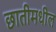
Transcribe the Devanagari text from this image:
छातीमधील